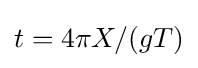
t=4\pi X/(gT)